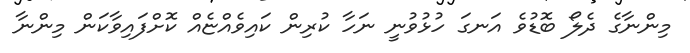
މިންނާގެ ދެލޯ ބޮޑުވެ އަނގަ ހުޅުވުނީ ނަހާ ކުރިން ކައިވެއްޏެއް ކޮށްފައިވާކަން މިންނާ